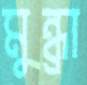
মুন্ধ্রা